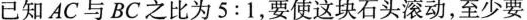
已知 AC 与 BC 之比为 5 : 1，要使这块石头滚动，至少要